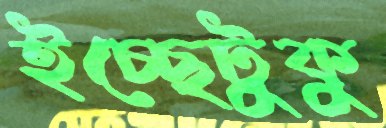
ইচ্ছেটুকু